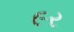
૯ર